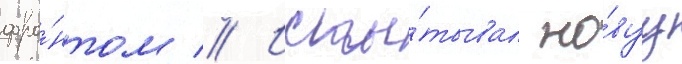
фро́нтом // Испы́тывал но́вуу